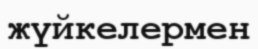
жүйкелермен